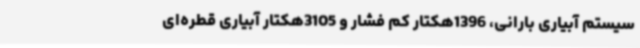
سیستم آبیاری بارانی، 1396هکتار کم فشار و 3105هکتار آبیاری قطره‌ای